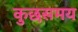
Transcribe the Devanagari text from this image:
कुछसमय